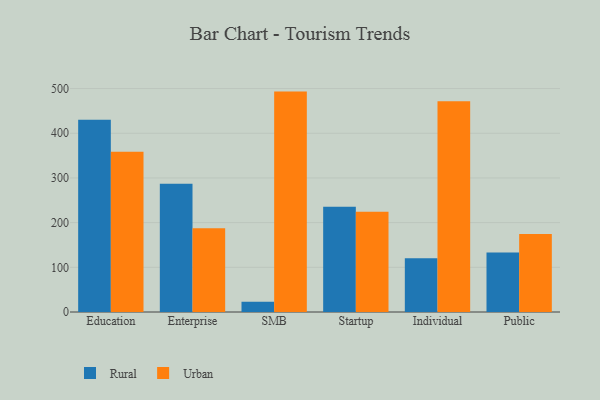
{"axis": {"x": "Segment", "y": "Active Users"}, "legend": ["Rural", "Urban"], "data": [{"x": "Education", "y": 430.4, "type": "Rural"}, {"x": "Education", "y": 358.7, "type": "Urban"}, {"x": "Enterprise", "y": 287.1, "type": "Rural"}, {"x": "Enterprise", "y": 187.2, "type": "Urban"}, {"x": "SMB", "y": 23.0, "type": "Rural"}, {"x": "SMB", "y": 493.2, "type": "Urban"}, {"x": "Startup", "y": 235.5, "type": "Rural"}, {"x": "Startup", "y": 224.2, "type": "Urban"}, {"x": "Individual", "y": 120.0, "type": "Rural"}, {"x": "Individual", "y": 471.8, "type": "Urban"}, {"x": "Public", "y": 132.9, "type": "Rural"}, {"x": "Public", "y": 174.8, "type": "Urban"}]}